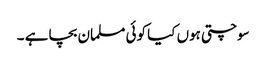
سوچتی ہوں کیا کوئی مسلمان بچا ہے ۔